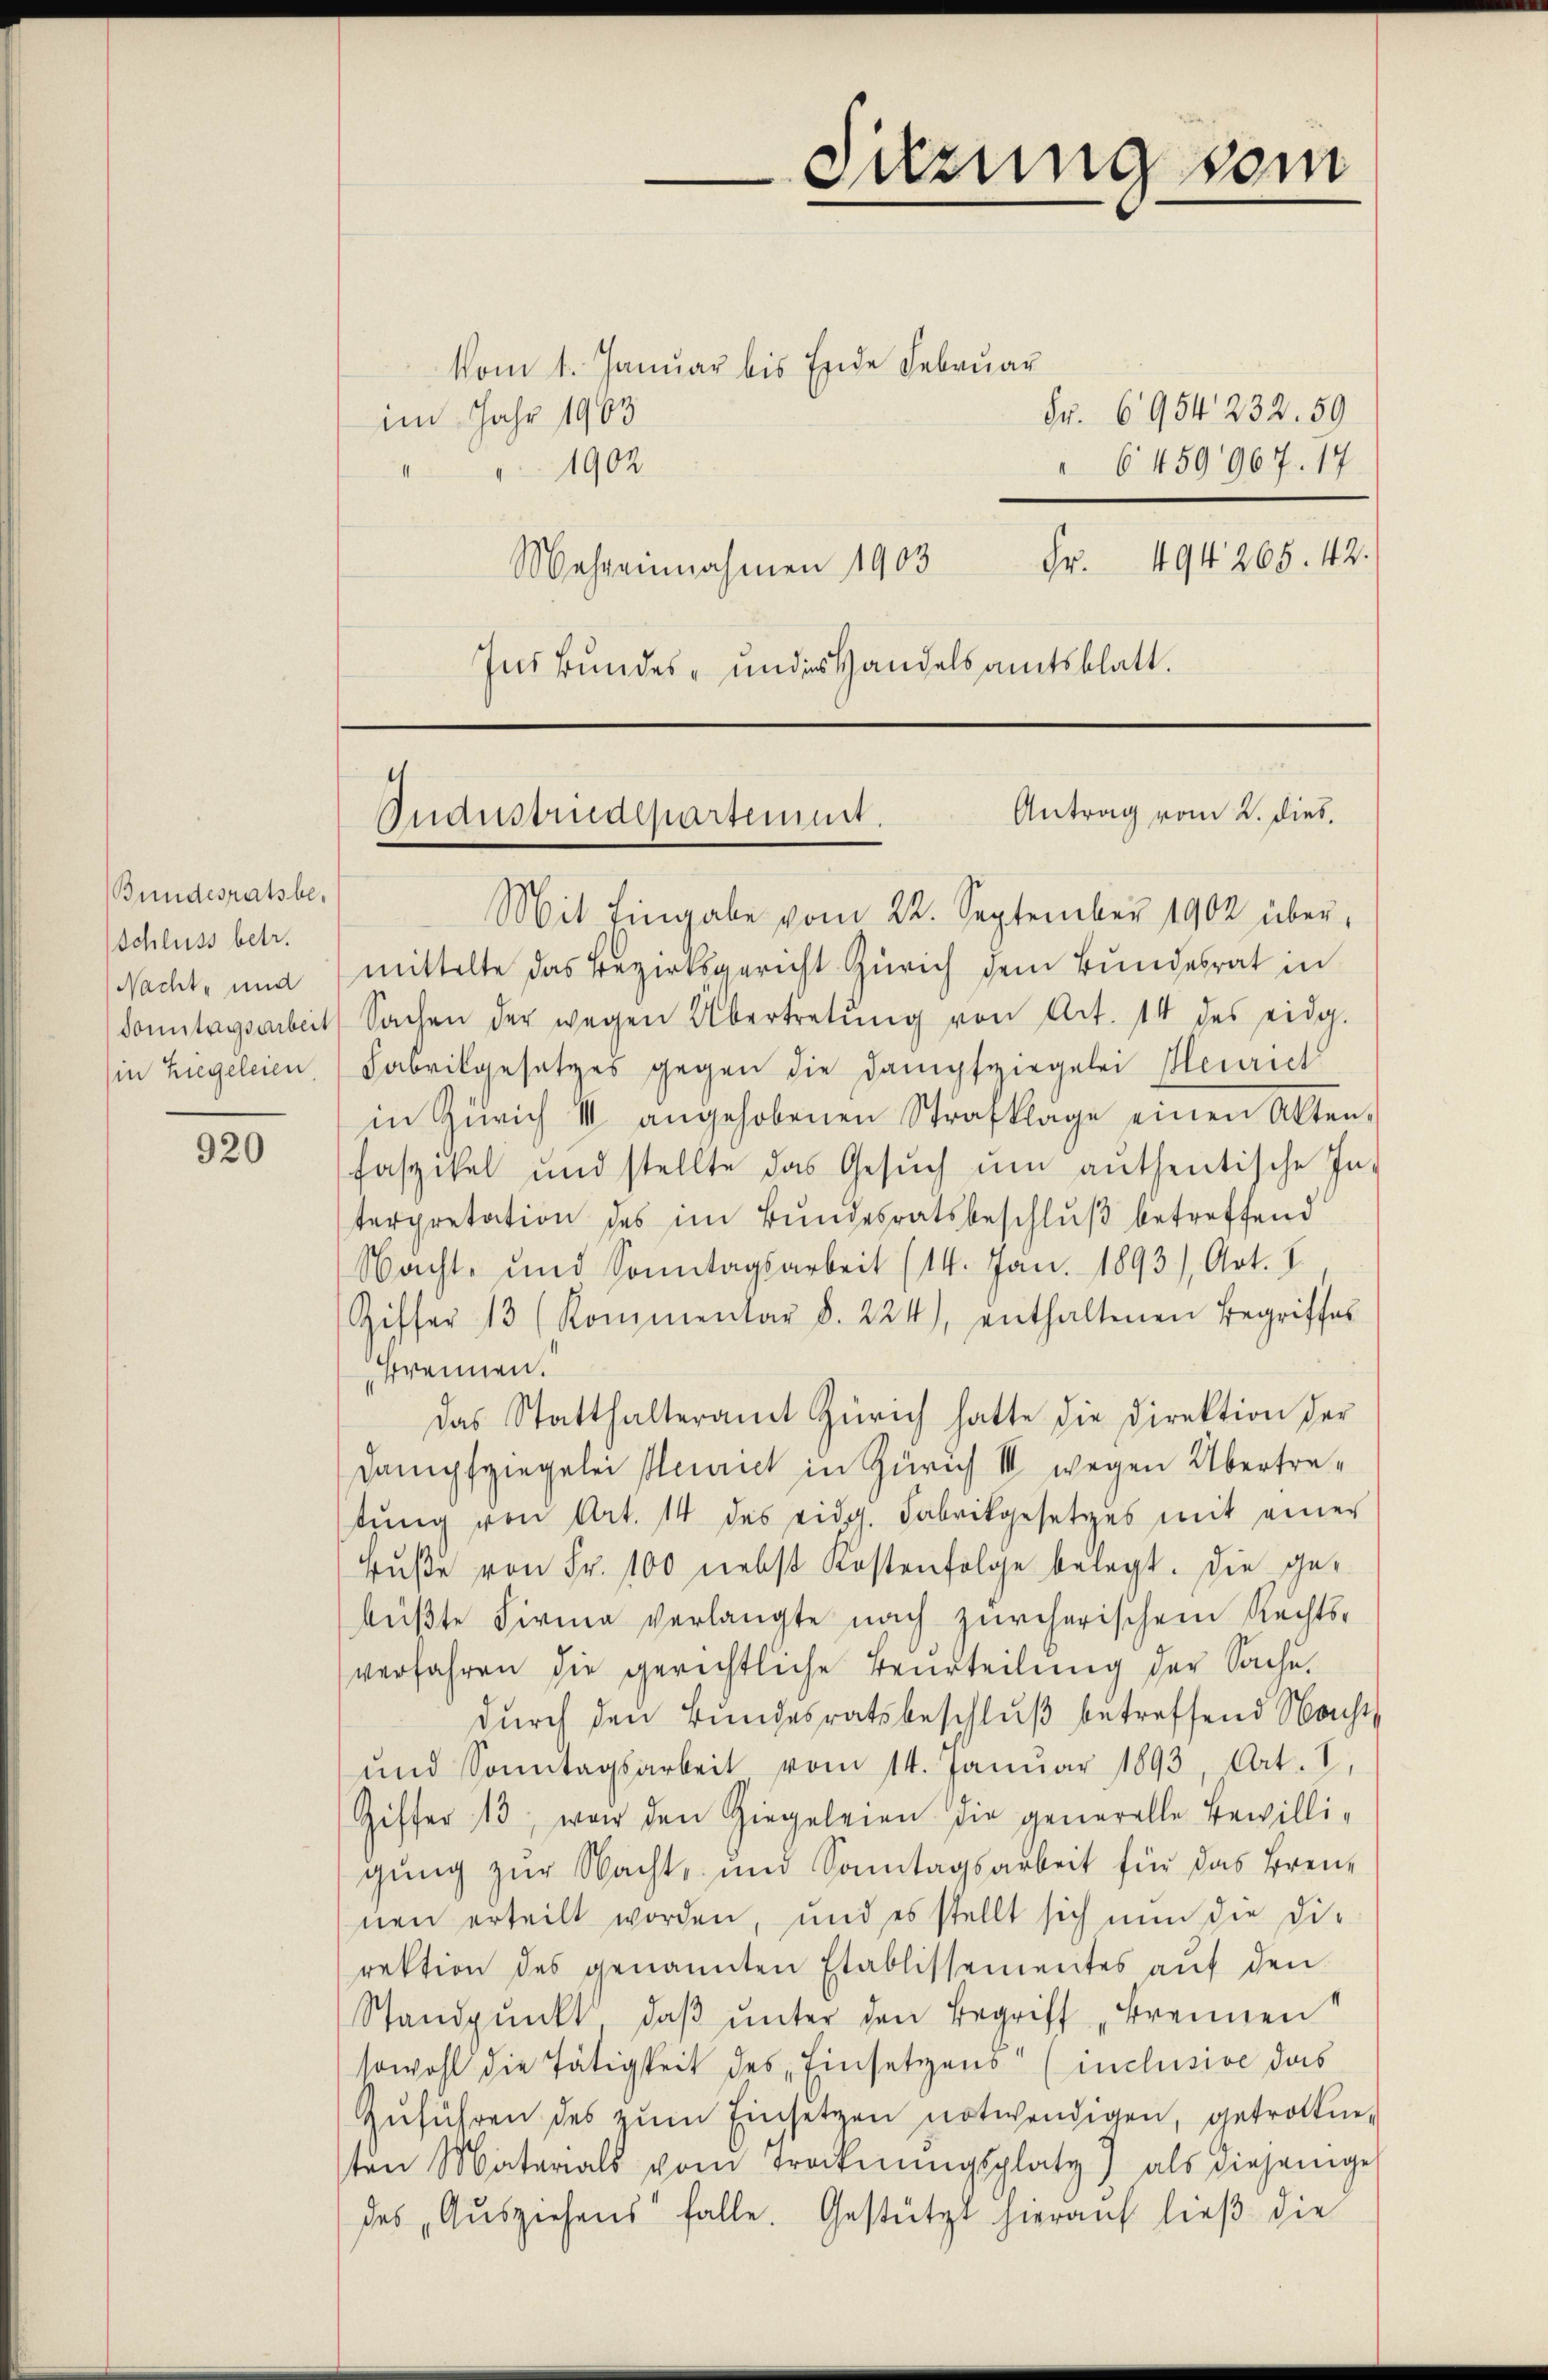
Bundesratsbe¬
Schluss betr.
Nacht, und
(in Ziegeleien

920

Suzung vom

vom 1. Januar bis Ende Februar
Fr. 6954 232. 59
im Jahr 1963
1902.
6459967. 17
Fr. 494 265. 42.
Mehreinnahmen 1903
Ins Bundes- undes Handelsamtsblatt.

1
Antrag vom 2. dies.
Inanstrudepartement.

Mit Eingabe vom 22. September 1902 über,
mittelte das Bezirksgericht Zürich dem Bundesrat in
Sonntagsarbeit Sachen der wegen Übertretŭng von Art. 14 des eidg.
Fabrikgesetzes gegen die Dampfziegelei Henrich
in Zürich III angehobenen Strafklage einen Akten-
Faszikel und stellte das Gesŭch ŭm anthentische In-
terpretation des im Bundesratsbeschlŭβ betreffend
Nacht, und Sonntagsarbeit (14. Jan. 1893), Art. I
Ziffer 13 (Kommentar §. 224), enthaltenen Begriffes
Brennen.
das Statthalteramt Zürich hatte die Direktion der
Dampfziegelei Heurich in Zürich III wegen Übertretŭng von Art. 14 des eidg. Fabrikgesetzes mit einer
rŭβe von Fr. 100 nebst Kostenfolge belegt. Die gebüßte Firma verlangte nach zürcherischem Rechts-
verfahren die gerichtliche Beurteilŭng der Sache.
durch den Bundesratsbeschluß betreffend Nacht
und Sonntagsarbeit vom 14. Januar 1893, Art. I
Giffer 13 war den Hiegeleien die generelle Bewilli-
gung zur Nacht, und Sonntagsarbeit für das Brennen erteilt worden, und es stellt sich nŭn die di-
rektion des genannten Etablissementes auf den
Standpŭnkt, daβ ŭnter den Begriff „Brennen
sowohl die Tätigkeit des Einsetzens (inclusive das
Zuführen des zŭm Einsetzen notwendigen, getrottneten Materials vom Trockerŭngsplatz) als diejenige
des „Ausziehens falle. Gestützt hierauf ließ die